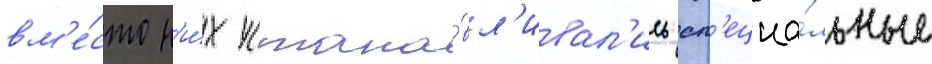
вм'е́сто н'и́х устана́вл'ивал'ись сп'ециа́льные